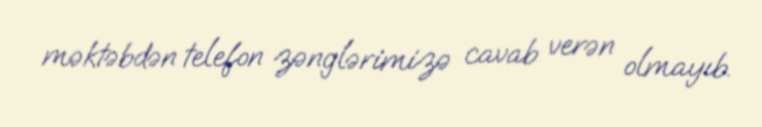
məktəbdən telefon zənglərimizə cavab verən olmayıb.